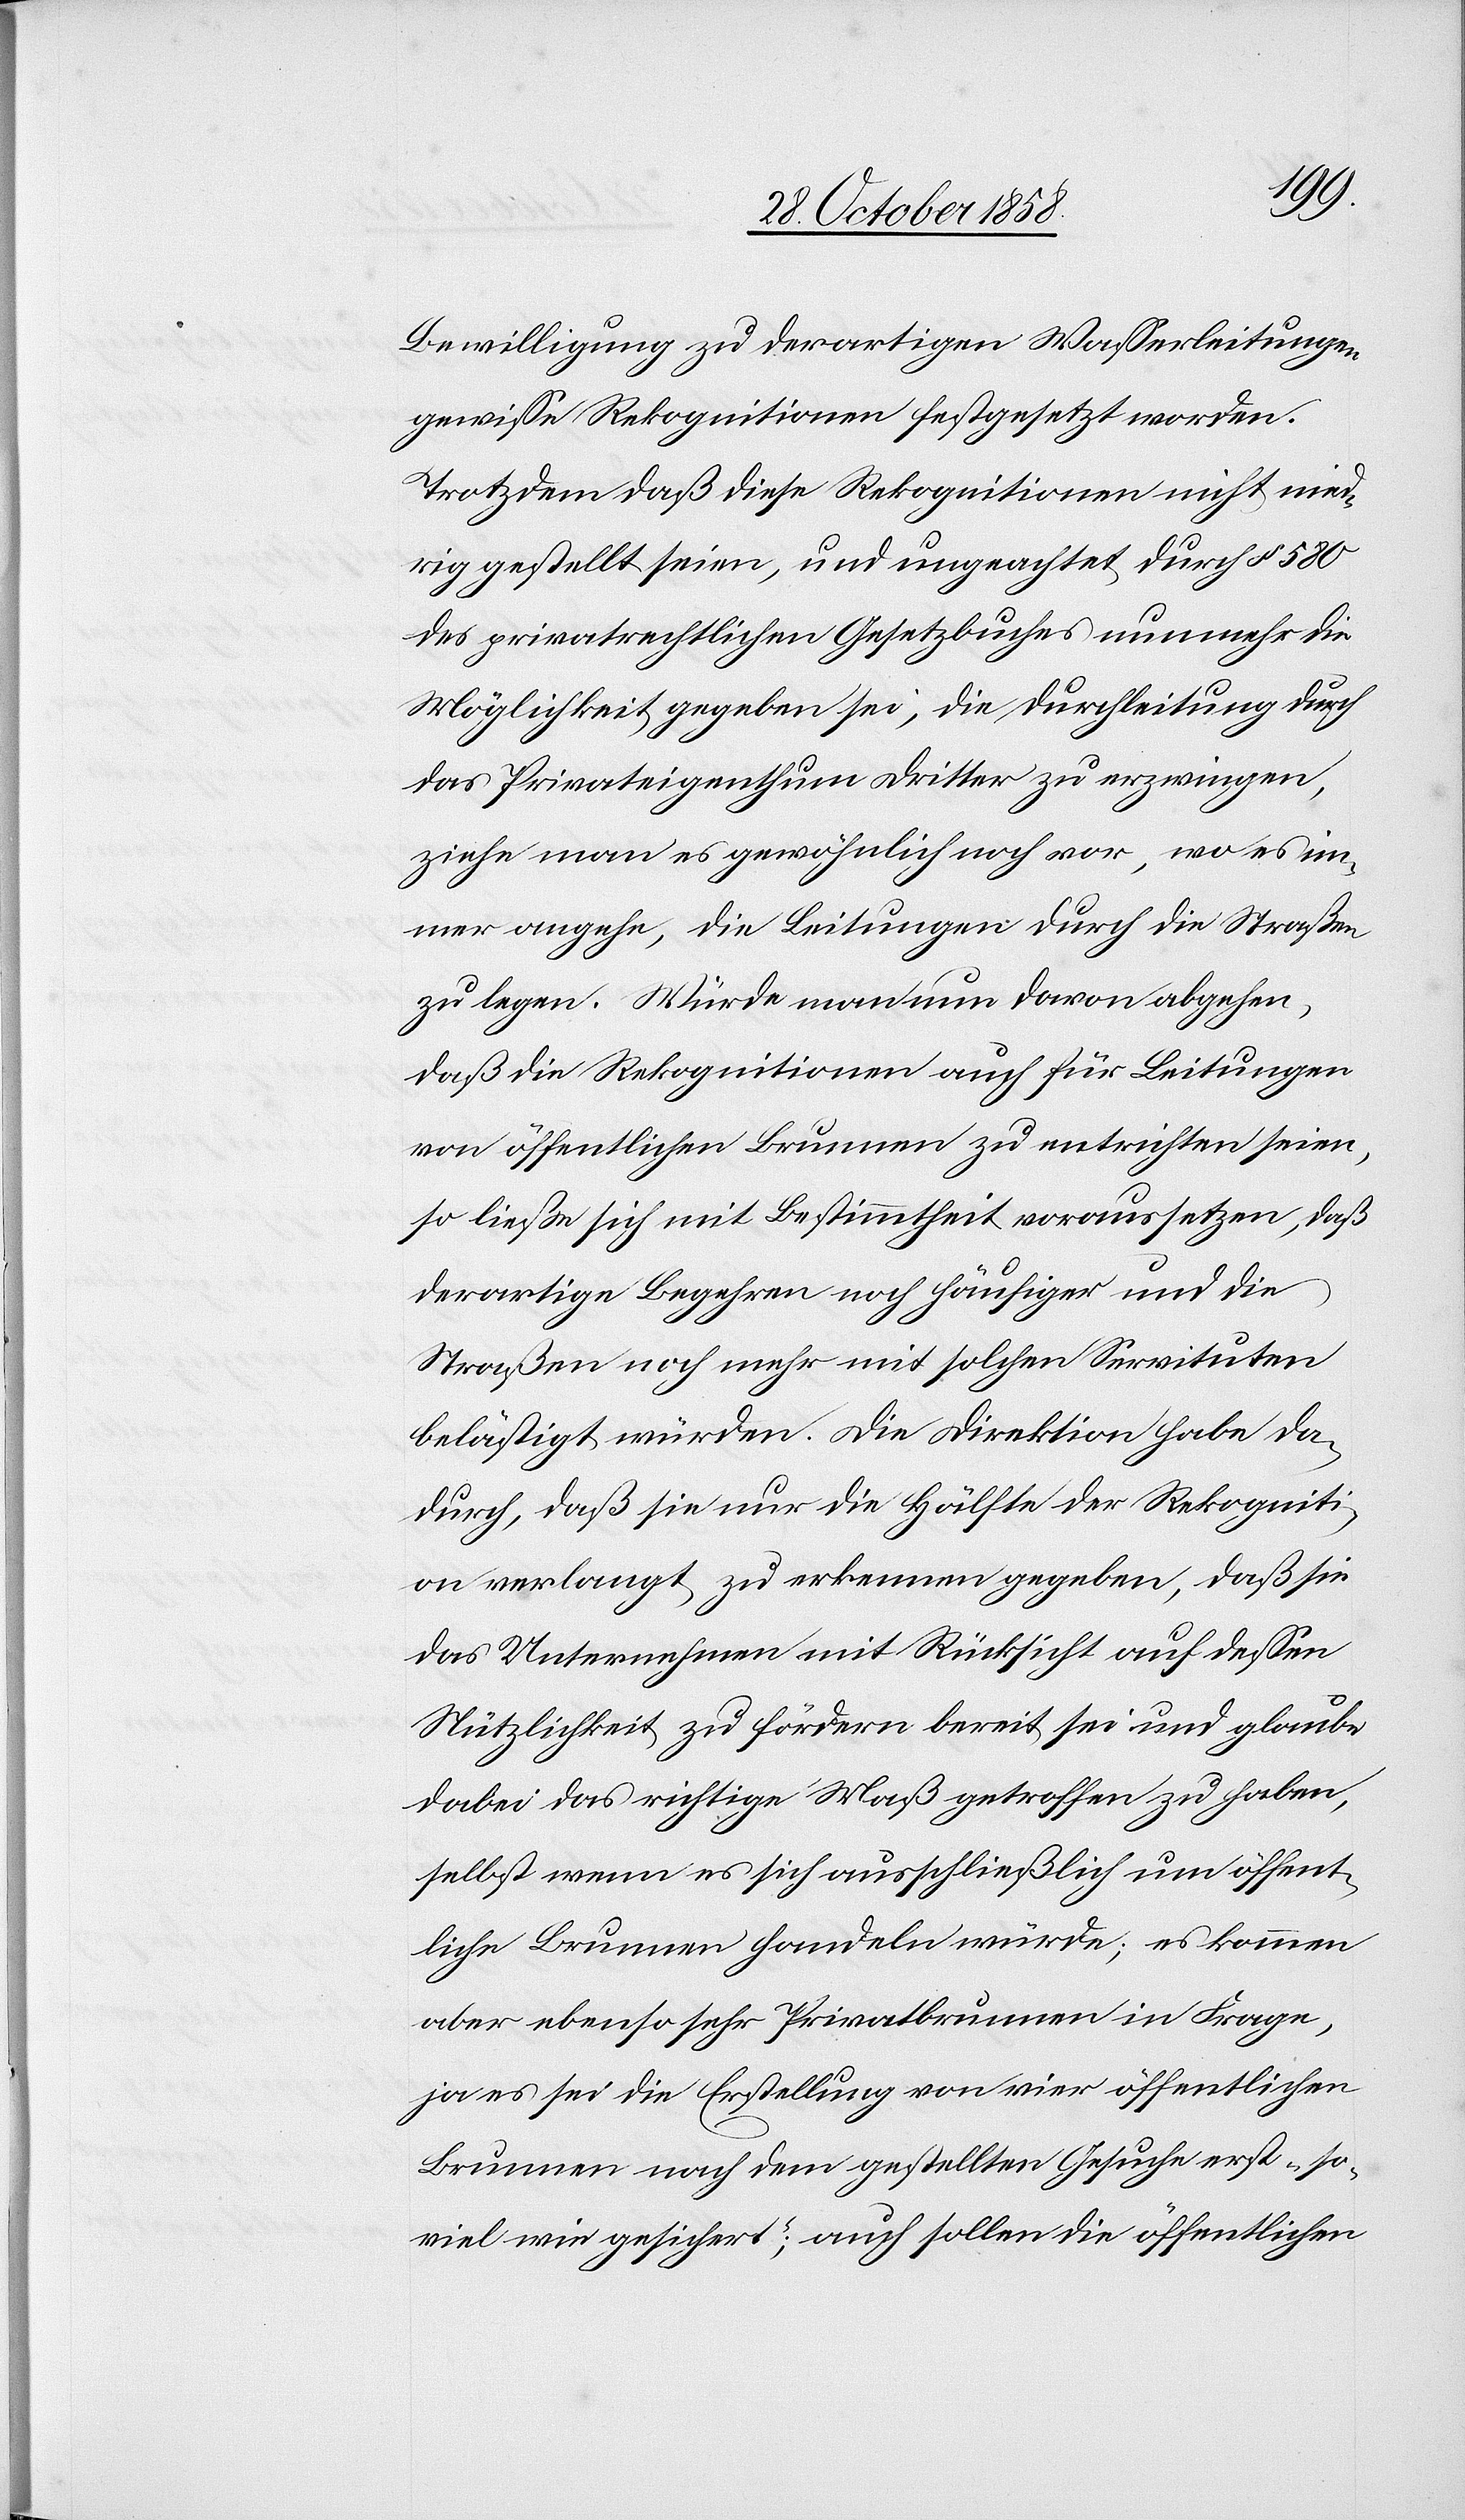
Bewilligung zu derartigen Wasserleitungen
gewisse Rekognitionen festgesetzt worden.
Trotzdem daß diese Rekognitionen nicht nied¬
rig gestellt seien, und ungeachtet durch § 580
des privatrechtlichen Gesetzbuches nunmehr die
Möglichkeit gegeben sei, die Durchleitung durch
das Privateigenthum Dritter zu erzwingen,
ziehe man es gewöhnlich noch vor, wo es im¬
mer angehe, die Leitungen durch die Straßen
zu legen. Würde man nun davon abgehen,
daß die Rekognitionen auch für Leitungen
von öffentlichen Brunnen zu entrichten seien,
so ließe sich mit Bestimmtheit voraussetzen, daß
derartige Begehren noch häufiger und die
Straßen noch mehr mit solchen Servituten
belästigt würden. Die Direktion habe da¬
durch, daß sie nur die Hälfte der Rekogniti¬
on verlangt, zu erkennen gegeben, daß sie
das Unternehmen mit Rücksicht auf dessen
Nützlichkeit zu fördern bereit sei und glaube
dabei das richtige Maß getroffen zu haben,
selbst wenn es sich ausschließlich um öffent¬
liche Brunnen handeln würde; es kommen
aber ebenso sehr Privatbrunnen in Frage,
ja es sei die Erstellung von vier öffentlichen
Brunnen nach dem gestellten Gesuche erst „so¬
viel wie gesichert“; auch sollen die öffentlichen